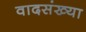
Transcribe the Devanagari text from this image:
वादसंख्या